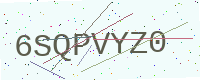
Text: 6SQPVYZ0